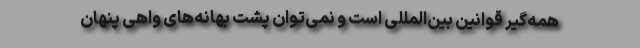
همه‌گیر قوانین بین‌المللی است و نمی‌توان پشت بهانه‌های واهی پنهان